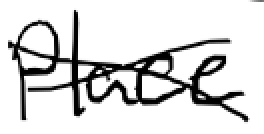
Text: place
Cross-out: cross
Writing tool: digital_black